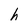
Character: h